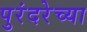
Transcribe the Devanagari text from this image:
पुरंदरेच्या